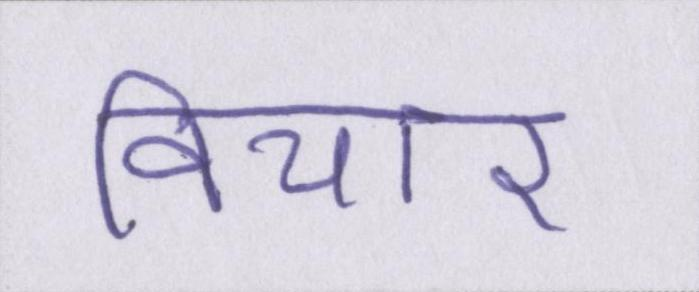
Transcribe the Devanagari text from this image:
विचार